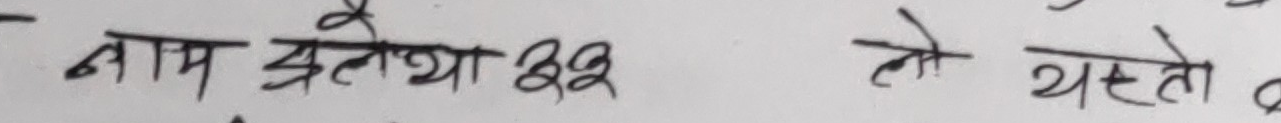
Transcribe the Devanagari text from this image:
नाम अलेशा ३२ तो यस्तो